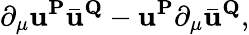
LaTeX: \partial_{\mu}{\mathbf{u}}^{\mathbf{P}}\bar{\mathbf{u}}^{\mathbf{Q}}-{\mathbf{u}}^{\mathbf{P}}\partial_{\mu}\bar{\mathbf{u}}^{\mathbf{Q}},